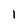
Character: 1